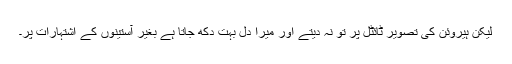
لیکن ہیروئن کی تصویر ٹائٹل پر تو نہ دیتے اور میرا دل بہت دکھ جاتا ہے بغیر آستینوں کے اشتہارات پر۔